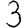
Digit: 3